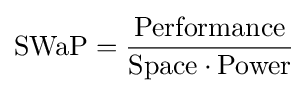
\mathrm {SWaP} ={\frac {\mathrm {Performance} }{\mathrm {Space} \cdot \mathrm {Power} }}